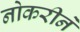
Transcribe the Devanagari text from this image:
नोकरीने